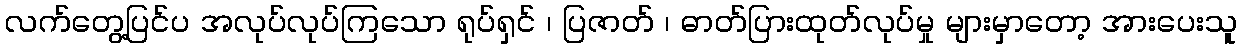
လက်တွေ့ပြင်ပ အလုပ်လုပ်ကြသော ရုပ်ရှင် ၊ ပြဇာတ် ၊ ဓာတ်ပြားထုတ်လုပ်မှု များမှာတော့ အားပေးသူ